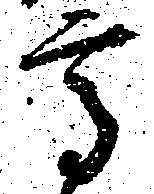
高